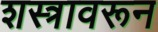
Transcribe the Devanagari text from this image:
शस्त्रावरून